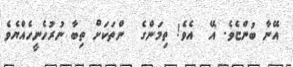
އޭނާ ބުންޏެވެ. އޭ  އެވެ! ތިމަންގެ  ންތަކަށް ތިބާ ނުރުހެނީހެއްޔެވެ